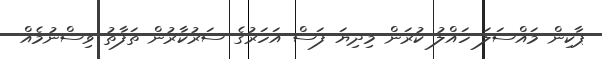
ޕާކިން މައްސަލަ ހައްލު ކުރަން މިދިޔަ ފަސް އަހަރުގެ ސަރުކާރުން ތަފާތު ވިސްނުމެއް